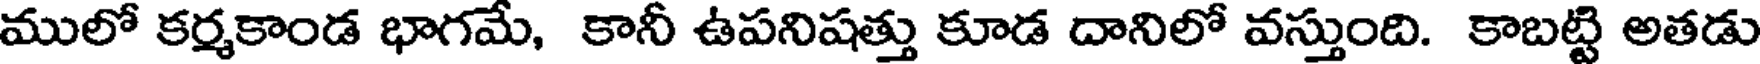
ములో కర్మకాండ భాగమే, కానీ ఉపనిషత్తు కూడ దానిలో వస్తుంది. కాబట్టి అతడు